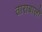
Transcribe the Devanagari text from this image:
ताराबालो